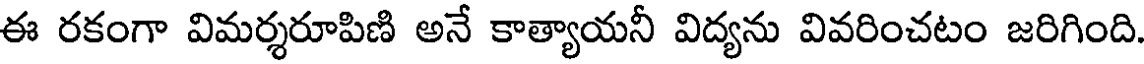
ఈ రకంగా విమర్శరూపిణి అనే కాత్యాయనీ విద్యను వివరించటం జరిగింది